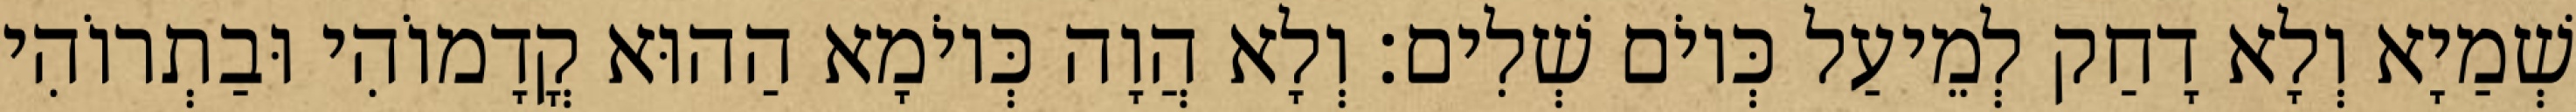
שְׁמַיָא וְלָא דָחַק לְמֵיעַל כְּיוֹם שְׁלִים׃ וְלָא הֲוָה כְּיוֹמָא הַהוּא קֳדָמוֹהִי וּבַתְרוֹהִי